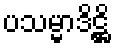
ပသမ္မာဒိဋ္ဌိ